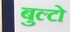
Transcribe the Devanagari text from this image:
बुल्टो